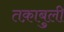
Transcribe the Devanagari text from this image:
तक़ाबुली